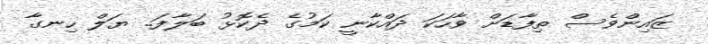
ޒައިންވެސް ތިފާޑަށް ވާހަކަ ދައްކާނީ ކަމުގެ ދެކޮޅު ބަލާފަ.. ޔަލް ހިނގާ